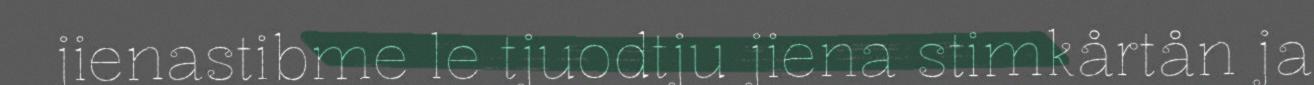
jienastibme le tjuodtju jiena stimkårtån ja